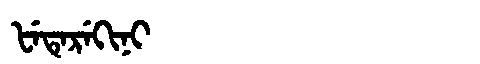
Manchu: ᡶᡝᡨᡝᡵᡝᡴᡳᠨᡳ
Romanization: FETEREKINI